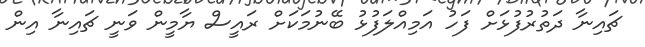
ޗައިނާ ދަތުރުފުޅަށް ފަހު އަމިއްލަފުޅު ބޭނުމަކަށް ރައީސް ޔާމީން ވަނީ ޗައިނާ އިން